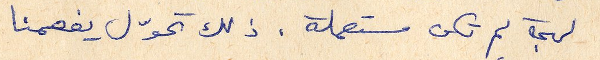
لهجة لم تكن مستعملة. ذلك تحوّل يفعمنا